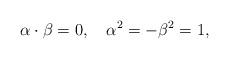
LaTeX: \begin{align*}\alpha\cdot\beta=0,\quad \alpha^2=-\beta^2=1, \end{align*}